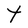
Character: t